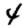
Digit: 4